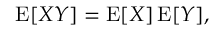
\operatorname { E } [ X Y ] = \operatorname { E } [ X ] \operatorname { E } [ Y ] ,